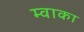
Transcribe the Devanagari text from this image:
म्वाका